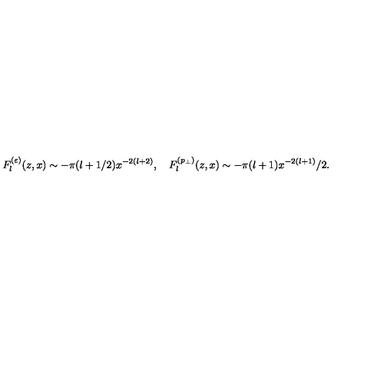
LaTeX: F _ { l } ^ { ( \varepsilon ) } ( z , x ) \sim - \pi ( l + 1 / 2 ) x ^ { - 2 ( l + 2 ) } , \quad F _ { l } ^ { ( p _ { \perp } ) } ( z , x ) \sim - \pi ( l + 1 ) x ^ { - 2 ( l + 1 ) } / 2 .